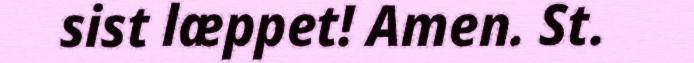
sist læppet! Amen. St.